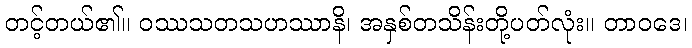
တင့်တယ်၏။ ဝဿသတသဟဿာနိ၊ အနှစ်တသိန်းတို့ပတ်လုံး။ တာဝဒေ၊